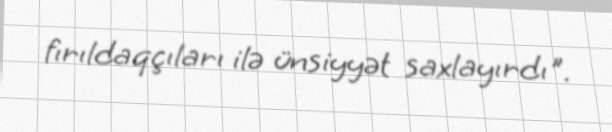
fırıldaqçıları ilə ünsiyyət saxlayırdı".